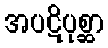
အပဋိပုစ္ဆာ